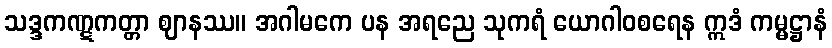
သဒ္ဒကဏ္ဋကတ္တာ ဈာနဿ။ အဂါမကေ ပန အရညေ သုကရံ ယောဂါဝစရေန ဣဒံ ကမ္မဋ္ဌာနံ